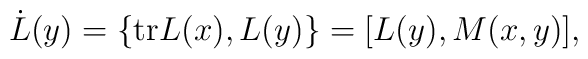
\dot{L}(y)=\{\mbox{tr}L(x),L(y)\}=[L(y),M(x,y)],